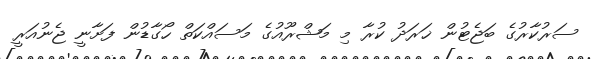
ސަރުކާރުގެ ބަޖެޓުން ޚަރަދު ކުރާ މި މަޝްރޫއުގެ މަސައްކަތް ހޯގާޑުން ފަށާނީ ޖެނުއަރީ